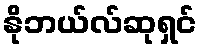
နိုဘယ်လ်ဆုရှင်